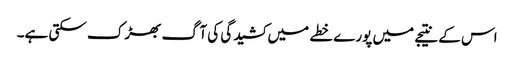
اس کے نتیجے میں پورے خطے میں کشیدگی کی آگ بھڑک سکتی ہے۔